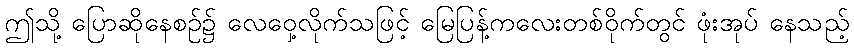
ဤသို့ ပြောဆိုနေစဉ်၌ လေဝှေ့လိုက်သဖြင့် မြေပြန့်ကလေးတစ်ဝိုက်တွင် ဖုံးအုပ် နေသည့်